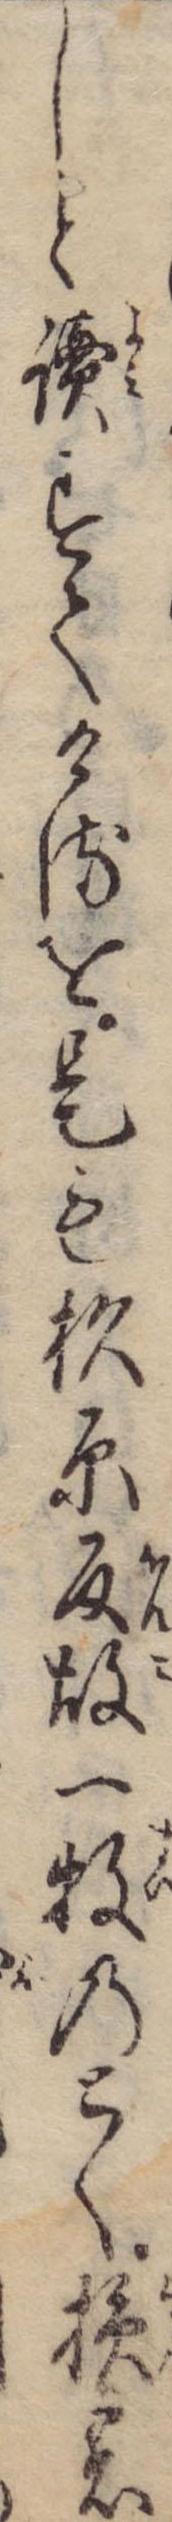
しと読すてけるを是も杉原反故一牧のとく損の